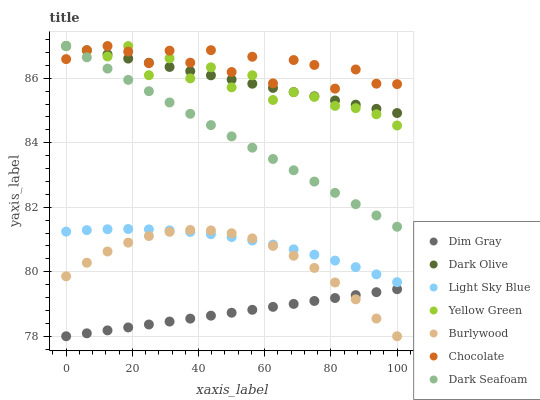
| xaxis_label | Dim Gray | Dark Olive | Light Sky Blue | Yellow Green | Burlywood | Chocolate | Dark Seafoam |
 | --- | --- | --- | --- | --- | --- | --- | --- |
 | 0 | 78 | 87 | 81.2 | 87 | 79.9 | 86.6 | 87 |
 | 6.25 | 78.1 | 86.9 | 81.3 | 86.9 | 80.3 | 86.9 | 86.6 |
 | 12.5 | 78.2 | 86.7 | 81.3 | 86.7 | 80.6 | 87 | 86.3 |
 | 18.8 | 78.3 | 86.6 | 81.3 | 87 | 80.9 | 86.8 | 85.9 |
 | 25 | 78.4 | 86.5 | 81.3 | 86.1 | 81.1 | 86.5 | 85.6 |
 | 31.2 | 78.5 | 86.4 | 81.3 | 86.6 | 81.2 | 86.9 | 85.2 |
 | 37.5 | 78.5 | 86.2 | 81.2 | 86 | 81.3 | 86.5 | 84.9 |
 | 43.8 | 78.6 | 86.1 | 81.2 | 86.3 | 81.3 | 86.9 | 84.5 |
 | 50 | 78.7 | 86 | 81.1 | 85.7 | 81.2 | 86.2 | 84.2 |
 | 56.2 | 78.8 | 85.8 | 81 | 86.1 | 81 | 86.7 | 83.8 |
 | 62.5 | 78.9 | 85.7 | 80.8 | 85.3 | 80.8 | 85.8 | 83.5 |
 | 68.8 | 79 | 85.6 | 80.7 | 85.6 | 80.5 | 86.6 | 83.1 |
 | 75 | 79.1 | 85.4 | 80.5 | 85.4 | 80.1 | 86.4 | 82.8 |
 | 81.2 | 79.2 | 85.3 | 80.3 | 85.1 | 79.7 | 85.7 | 82.4 |
 | 87.5 | 79.3 | 85.2 | 80.1 | 85.1 | 79.1 | 86.3 | 82.1 |
 | 93.8 | 79.4 | 85.1 | 79.9 | 84.9 | 78.5 | 85.8 | 81.7 |
 | 100 | 79.5 | 84.9 | 79.7 | 84.5 | 78 | 85.8 | 81.4 |